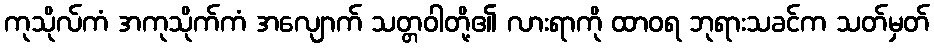
ကုသိုလ်ကံ အကုသိုက်ကံ အလျောက် သတ္တဝါတို့၏ လားရာကို ထာဝရ ဘုရားသခင်က သတ်မှတ်